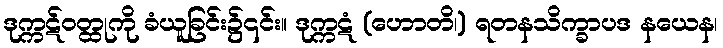
ဒုက္ကဋ်ဝတ္ထုကို ခံယူခြင်း၌၎င်း။ ဒုက္ကဋံ (ဟောတိ၊) ရတနသိက္ခာပဒ နယေန၊